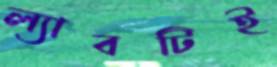
ল্যাবটিই